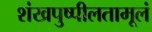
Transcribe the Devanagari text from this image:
शंखपुष्पीलतामूलं